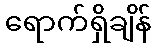
ရောက်ရှိချိန်